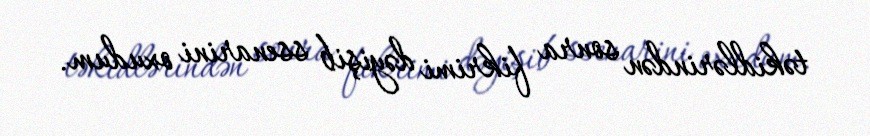
təkidlərindən sonra fikrimi dəyişib ssenarini oxudum.